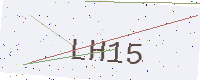
Text: LH15